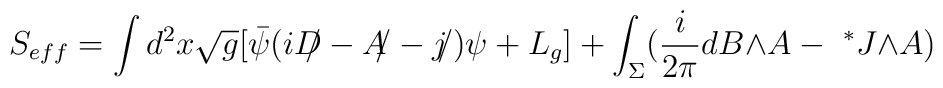
S_{eff}=\int d^2x \sqrt{g}[{\bar\psi}(i{D\!\!\!/} - {A\!\!/} -{j\!\!/})\psi + L_{g}]+\int_{\Sigma}(\frac{i}{2\pi}dB{\wedge}A-{\ ^*J}{\wedge}A)